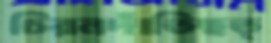
চিরনদাঁতিছত্